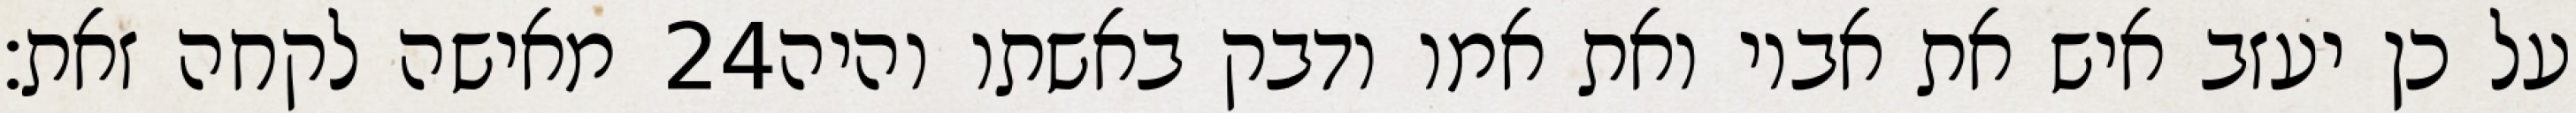
מאישה לקחה זאת׃ ‎24‏ על כן יעזב איש את אביו ואת אמו ודבק באשתו והיה